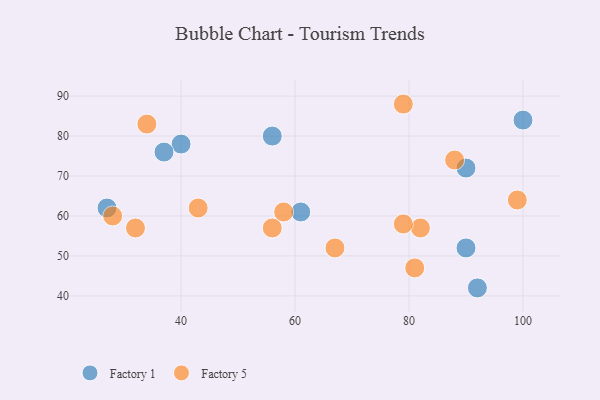
{"axis": {"x": "GDP", "y": "Life Expectancy"}, "legend": ["Factory 1", "Factory 5"], "data": [{"x": "92", "y": 42, "type": "Factory 1"}, {"x": "56", "y": 80, "type": "Factory 1"}, {"x": "61", "y": 61, "type": "Factory 1"}, {"x": "90", "y": 52, "type": "Factory 1"}, {"x": "100", "y": 84, "type": "Factory 1"}, {"x": "40", "y": 78, "type": "Factory 1"}, {"x": "27", "y": 62, "type": "Factory 1"}, {"x": "90", "y": 72, "type": "Factory 1"}, {"x": "37", "y": 76, "type": "Factory 1"}, {"x": "82", "y": 57, "type": "Factory 5"}, {"x": "43", "y": 62, "type": "Factory 5"}, {"x": "79", "y": 88, "type": "Factory 5"}, {"x": "34", "y": 83, "type": "Factory 5"}, {"x": "99", "y": 64, "type": "Factory 5"}, {"x": "28", "y": 60, "type": "Factory 5"}, {"x": "81", "y": 47, "type": "Factory 5"}, {"x": "79", "y": 58, "type": "Factory 5"}, {"x": "56", "y": 57, "type": "Factory 5"}, {"x": "58", "y": 61, "type": "Factory 5"}, {"x": "32", "y": 57, "type": "Factory 5"}, {"x": "88", "y": 74, "type": "Factory 5"}, {"x": "67", "y": 52, "type": "Factory 5"}]}